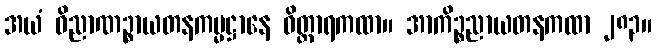
အယံ ဝိညာဏဉ္စာယတနကမ္မဋ္ဌာနေ ဝိတ္ထာရကထာ။ အာကိဉ္စညာယတနကထာ ၂၈၃။